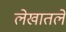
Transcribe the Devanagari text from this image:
लेखातले